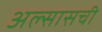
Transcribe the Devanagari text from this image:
अल्सासची